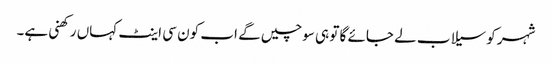
شہر کو سیلاب لے جائے گا تو ہی سوچیں گے اب کون سی اینٹ کہاں رکھنی ہے۔